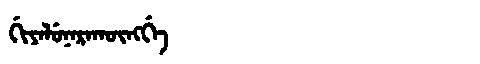
Manchu: ᡤᡳᠶᠠᠯᡠᠨᠠᡵᠠᡴᡡᠩᡤᡝ
Romanization: GIYALUNARAKŪNGGE